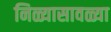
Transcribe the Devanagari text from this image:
निळ्यासावळ्या